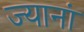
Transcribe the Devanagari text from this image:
ज्यानां